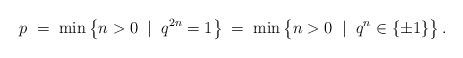
LaTeX: \begin{align*}p\; =\; \min \left\{ n>0\;\mid\; q^{2n}=1 \right\} \; =\; \min \left\{ n>0\;\mid\; q^{n\rule{0mm}{2mm}}\in \{\pm 1\}\right\} .\end{align*}